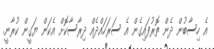
އެ ހިސާބުން ދެން ތޮރުފައިގެން އެ ސަރަހައްދެއް ދިރާސާކޮށް އެކަން ޔަގީން ކުރާނީ.